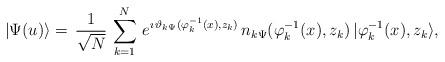
LaTeX: \begin{align*}|\Psi(u)\rangle=\,\frac{1}{\sqrt{N}}\,\sum^N_{k=1}\,e^{\imath\,\vartheta_{k\Psi}(\varphi^{-1}_{k}(x),z_k)} \,n_{k\Psi}(\varphi^{-1}_{k}(x),z_k)\,|\varphi^{-1}_{k}(x),z_k\rangle,\end{align*}